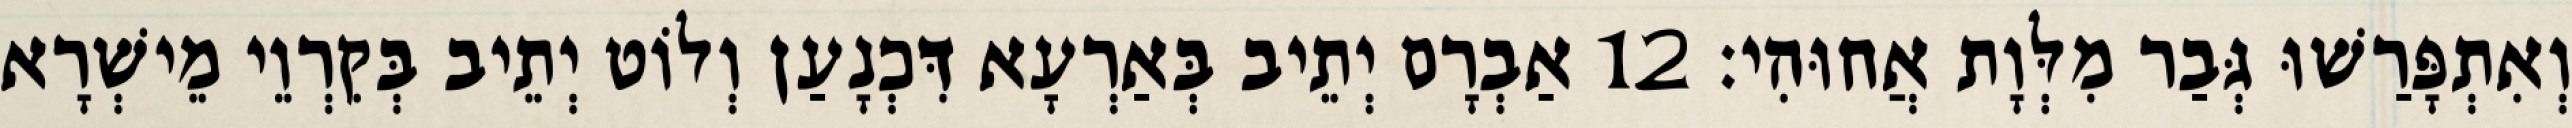
וְאִתְפָּרַשׁוּ גְּבַר מִלְּוָת אֲחוּהִי׃ 12 אַבְרָם יְתֵיב בְּאַרְעָא דִּכְנָעַן וְלוֹט יְתֵיב בְּקִרְוֵי מֵישְׁרָא